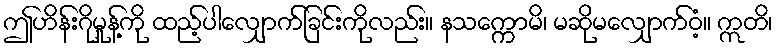
ဤဟိန်းဂိုမှုန့်ကို ထည့်ပါလျှောက်ခြင်းကိုလည်း။ နသက္ကောမိ၊ မဆိုမလျှောက်ဝံ့။ ဣတိ၊